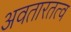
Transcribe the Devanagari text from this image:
अवतारतत्व